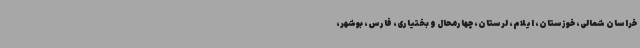
خراسان شمالی، خوزستان، ایلام، لرستان، چهارمحال و بختیاری، فارس، بوشهر،